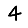
Digit: 4